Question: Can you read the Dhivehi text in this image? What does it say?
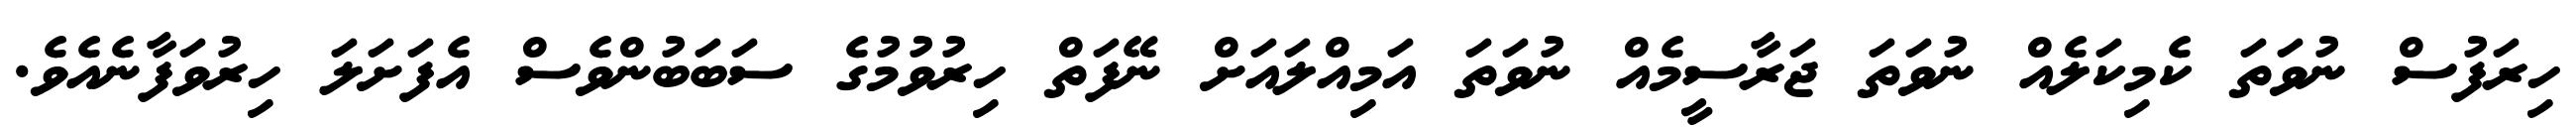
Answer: ހިރަފުސް ނުވަތަ ކެމިކަލެއް ނުވަތަ ޖަރާސީމެއް ނުވަތަ އަމިއްލައަށް ނޭފަތް ހިރުވުމުގެ ސަބަބުންވެސް އެފަށަލަ ހިރުވަފާނެއެވެ.